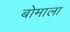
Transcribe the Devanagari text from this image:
बोमाला